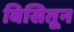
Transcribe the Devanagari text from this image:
बिसितून